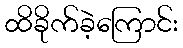
ထိခိုက်ခဲ့ကြောင်း